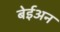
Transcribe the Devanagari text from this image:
बेईअन